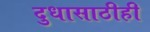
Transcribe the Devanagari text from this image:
दुधासाठीही